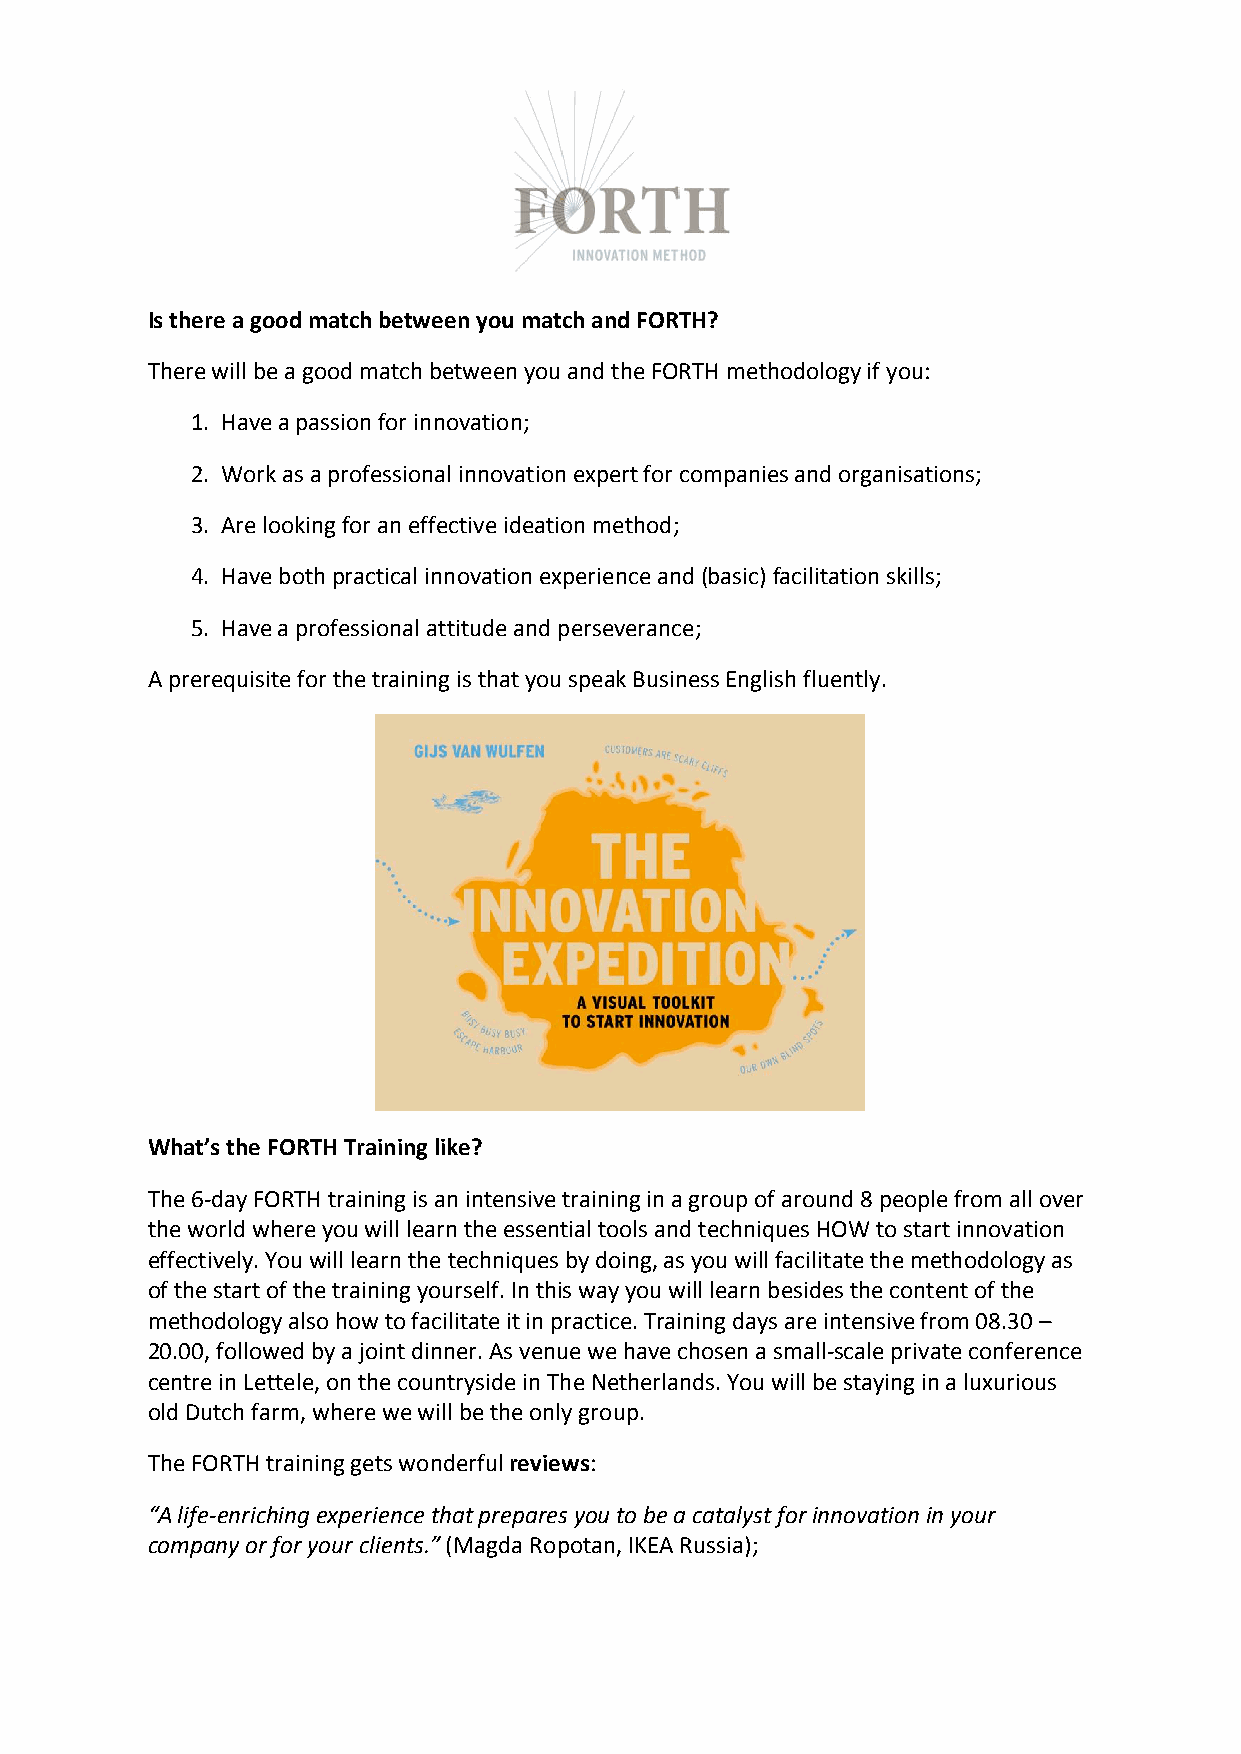
Is there a good match between you match and FORTH?
 There will be a good match between you and the FORTH methodology if you:
 1. Have a passion for innovation;
 2. Work as a professional innovation expert for companies and organisations;
 3. Are looking for an effective ideation method;
 4. Have both practical innovation experience and (basic) facilitation skills;
 5. Have a professional attitude and perseverance;
 A prerequisite for the training is that you speak Business English fluently.
 What’s the FORTH Training like?
 The 6-­‐day FORTH training is an intensive training in a group of around 8 people from all over
 the world where you will learn the essential tools and techniques HOW to start innovation
 effectively. You will learn the techniques by doing, as you will facilitate the methodology as
 of the start of the training yourself. In this way you will learn besides the content of the
 methodology also how to facilitate it in practice. Training days are intensive from 08.30 –
 20.00, followed by a joint dinner. As venue we have chosen a small-­‐scale private conference
 centre in Lettele, on the countryside in The Netherlands. You will be staying in a luxurious
 old Dutch farm, where we will be the only group.
 The FORTH training gets wonderful reviews:
 “A life-­‐enriching experience that prepares you to be a catalyst for innovation in your
 company or for your clients.” (Magda Ropotan, IKEA Russia);